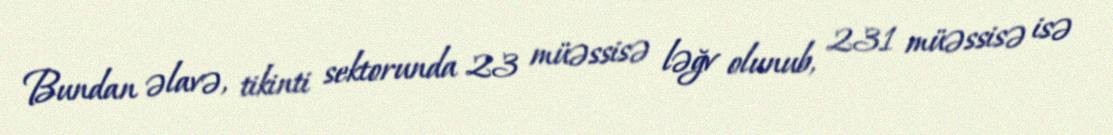
Bundan əlavə, tikinti sektorunda 23 müəssisə ləğv olunub, 231 müəssisə isə